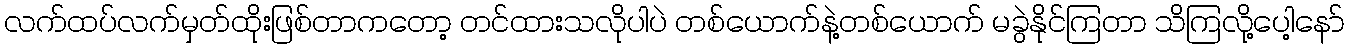
လက်ထပ်လက်မှတ်ထိုးဖြစ်တာကတော့ တင်ထားသလိုပါပဲ တစ်ယောက်နဲ့တစ်ယောက် မခွဲနိုင်ကြတာ သိကြလို့ပေါ့နော်